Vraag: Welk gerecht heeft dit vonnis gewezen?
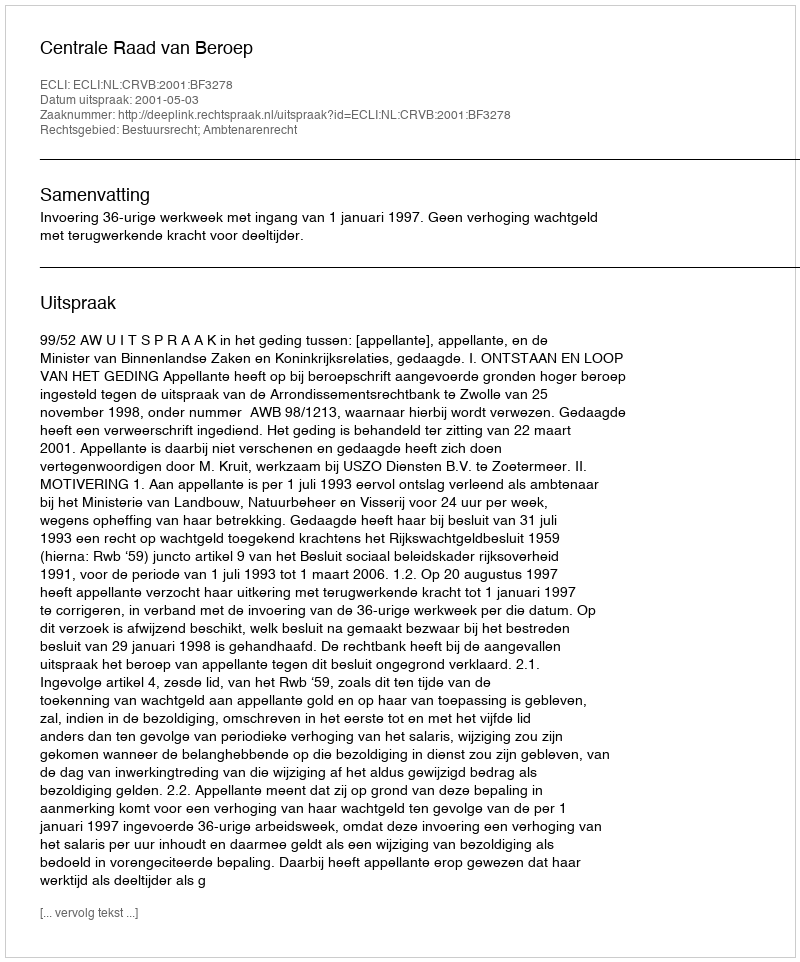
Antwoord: Centrale Raad van Beroep